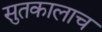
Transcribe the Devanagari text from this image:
सुतकालाच